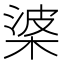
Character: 𭪰